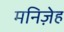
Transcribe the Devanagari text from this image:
मनिज़ेह